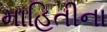
માહિતીના